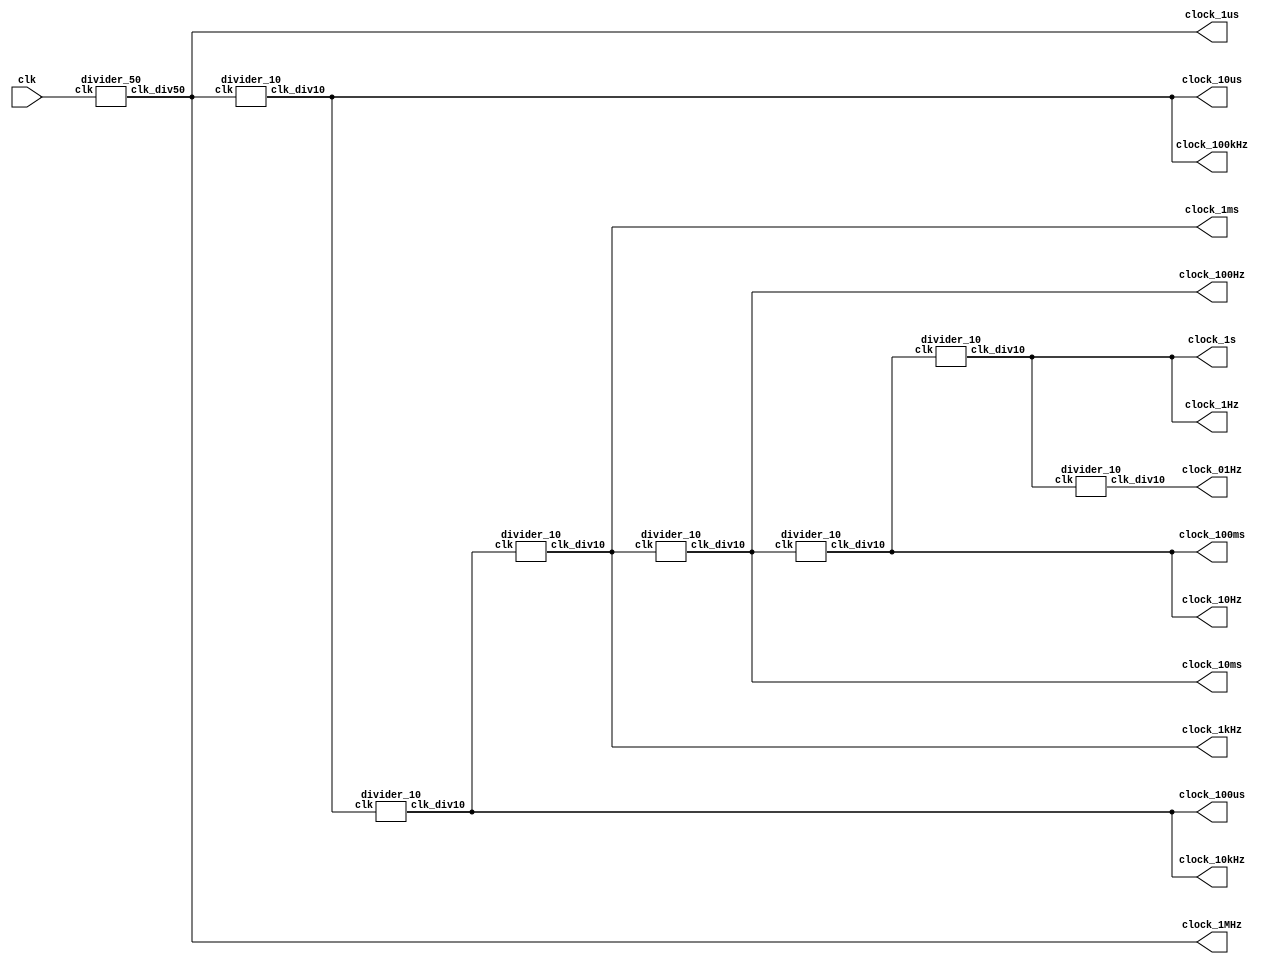
// Quartus II Verilog Template
// Binary up/down counter

module clock_all
(
	  clk, 
	  clock_1MHz,
	  clock_100kHz,
	  clock_10kHz,
	  clock_1kHz,
	  clock_100Hz,
	  clock_10Hz,
	  clock_1Hz,
	  clock_01Hz,
	  clock_1s, 
	  clock_100ms, 
	  clock_10ms, 
	  clock_1ms, 
	  clock_100us, 
	  clock_10us, 
	  clock_1us
);

	input clk;
	output  clock_1MHz;
	output  clock_100kHz;
	output  clock_10kHz;
	output  clock_1kHz;
	output  clock_100Hz;
	output  clock_10Hz;
	output  clock_1Hz;
	output  clock_01Hz;
	output  clock_1s, clock_100ms, clock_10ms, clock_1ms, clock_100us, clock_10us, clock_1us;
	
	assign clock_1s = clock_1Hz;
	assign clock_100ms = clock_10Hz;
	assign clock_10ms = clock_100Hz;
	assign clock_1ms = clock_1kHz;
	assign clock_100us = clock_10kHz;
	assign clock_10us = clock_100kHz;
	assign clock_1us = clock_1MHz;
	

divider_50 clk0( .clk(clk), .clk_div50(clock_1MHz));
divider_10 clk1( .clk(clock_1MHz),  .clk_div10(clock_100kHz));
divider_10 clk2( .clk(clock_100kHz),  .clk_div10(clock_10kHz));
divider_10 clk3( .clk(clock_10kHz),  .clk_div10(clock_1kHz));
divider_10 clk4( .clk(clock_1kHz),  .clk_div10(clock_100Hz));
divider_10 clk5( .clk(clock_100Hz),  .clk_div10(clock_10Hz));
divider_10 clk6( .clk(clock_10Hz),  .clk_div10(clock_1Hz));	
divider_10 clk7( .clk(clock_1Hz),  .clk_div10(clock_01Hz));
		
	
endmodule

module divider_10
(
	input clk, 
	output reg clk_div10,
	output reg [3:0] count_10
);


	always @ (posedge clk)
	begin
		if (count_10==4)
			begin
				count_10 <= 0;
				clk_div10<=~clk_div10;
			end
		else
				count_10 <= count_10 + 1;
	end	
endmodule

module divider_50
(
	input clk, 
	output reg clk_div50,
	output reg [5:0] count_50
);


	always @ (posedge clk)
	begin
		if (count_50==24)
		begin
			count_50 <= 0;
			clk_div50<=~clk_div50;
		end
		else
			count_50 <= count_50 + 1;
	end
	
endmodule